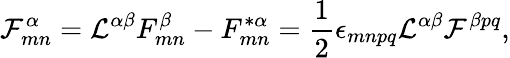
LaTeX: {\cal F}_{mn}^{\alpha}={\cal L}^{\alpha\beta}F_{mn}^{\beta}-F_{mn}^{*\alpha}={\frac{1}{2}}\epsilon_{mnpq}{\cal L}^{\alpha\beta}{\cal F}^{\beta pq},